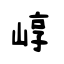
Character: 崞